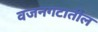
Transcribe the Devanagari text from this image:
वजनगटातील